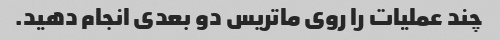
چند عملیات را روی ماتریس دو بعدی انجام دهید.